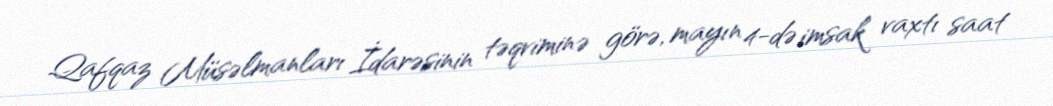
Qafqaz Müsəlmanları İdarəsinin təqviminə görə, mayın 4-də imsak vaxtı saat